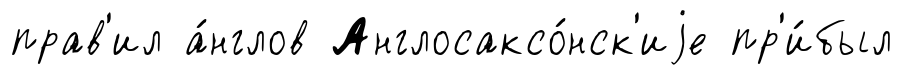
прав'ил а́нглов Англосаксо́нск'иjе пр'и́был